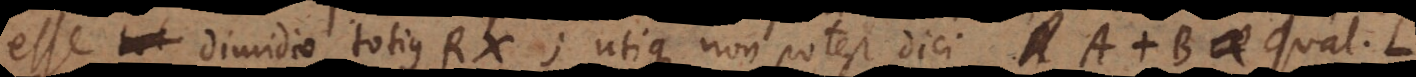
esse dimidio totius RX; utique non potest dici A + B aequ. L